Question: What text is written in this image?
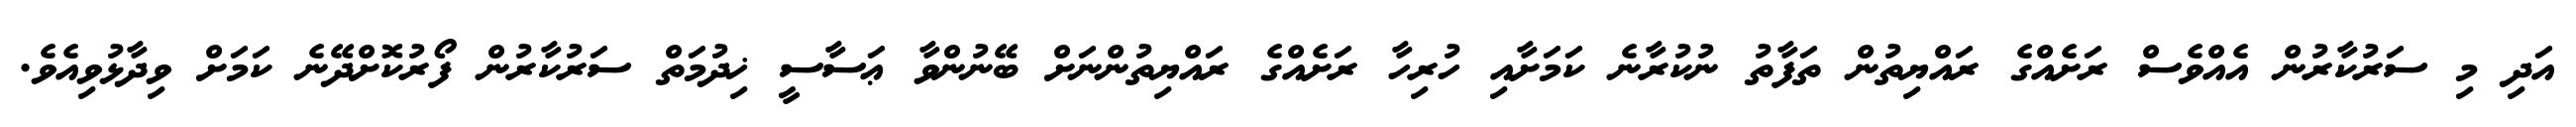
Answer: އަދި މި ސަރުކާރުން އެއްވެސް ރަށެއްގެ ރައްޔިތުން ތަފާތު ނުކުރާނެ ކަމަށާއި ހުރިހާ ރަށެއްގެ ރައްޔިތުންނަށް ބޭނުންވާ ޢަސާސީ ޚިދުމަތް ސަރުކާރުން ފޯރުކޮށްދޭނެ ކަމަށް ވިދާޅުވިއެވެ.